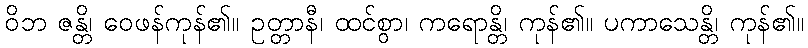
ဝိဘ ဇန္တိ၊ ဝေဖန်ကုန်၏။ ဥတ္တာနီ၊ ထင်စွာ၊ ကရောန္တိ၊ ကုန်၏။ ပကာသေန္တိ၊ ကုန်၏။